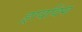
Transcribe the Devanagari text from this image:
ड्रायविंग